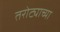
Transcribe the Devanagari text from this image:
तरोट्याच्या